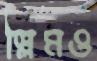
স্লিমও